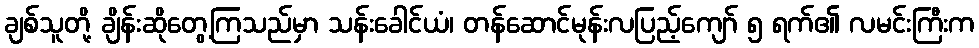
ချစ်သူတို့ ချိန်းဆိုတွေ့ကြသည်မှာ သန်းခေါင်ယံ၊ တန်ဆောင်မုန်းလပြည့်ကျော် ၅ ရက်၏ လမင်းကြီးက